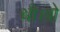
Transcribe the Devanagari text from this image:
थी।वो